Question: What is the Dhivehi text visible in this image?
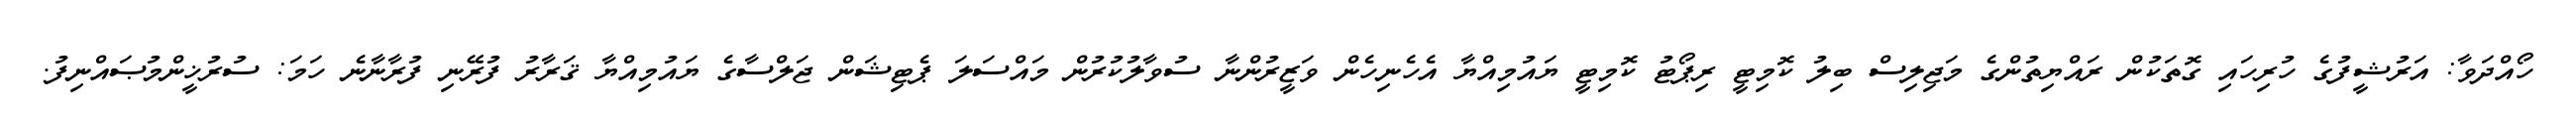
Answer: ހޯއްދަވާ: އަރުޝީފުގެ ހުރިހައި ގޮތަކުން ރައްޔިތުންގެ މަޖިލިސް ބިލު ކޮމިޓީ ރިޕޯޓު ކޮމިޓީ ޔައުމިއްޔާ އެހެނިހެން ވަޒީރުންނާ ސުވާލުކުރުން މައްސަލަ ޕެޓިޝަން ޖަލްސާގެ ޔައުމިއްޔާ ޤަރާރު ފުރޭނި ފުރާނާނެ ހަމަ: ސުރުޚީންމުޞައްނިފު.